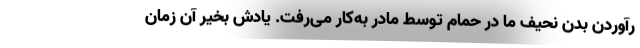
رآوردن بدن نحیف ما در حمام توسط مادر به‌کار می‌رفت. یادش بخیر آن زمان